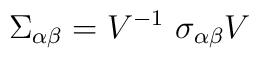
\Sigma_{\alpha\beta} = V^{-1} ~\sigma_{\alpha\beta} V